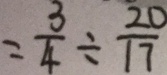
= \frac { 3 } { 4 } \div \frac { 2 0 } { 1 7 }